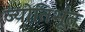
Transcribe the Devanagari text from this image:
ज्योतिर्भूत